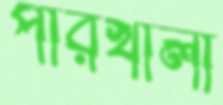
পারখালী